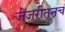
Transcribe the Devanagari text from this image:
जेजुरीतूनच